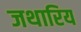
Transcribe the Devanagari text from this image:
जथारिय